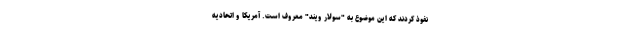
نفوذ کردند که این موضوع به "سولار ویند" معروف است. آمریکا و اتحادیه